NAE_ERA_R-2324_Eesti_Vabariigi_Pohiseaduslik_Assamblee, lk 33
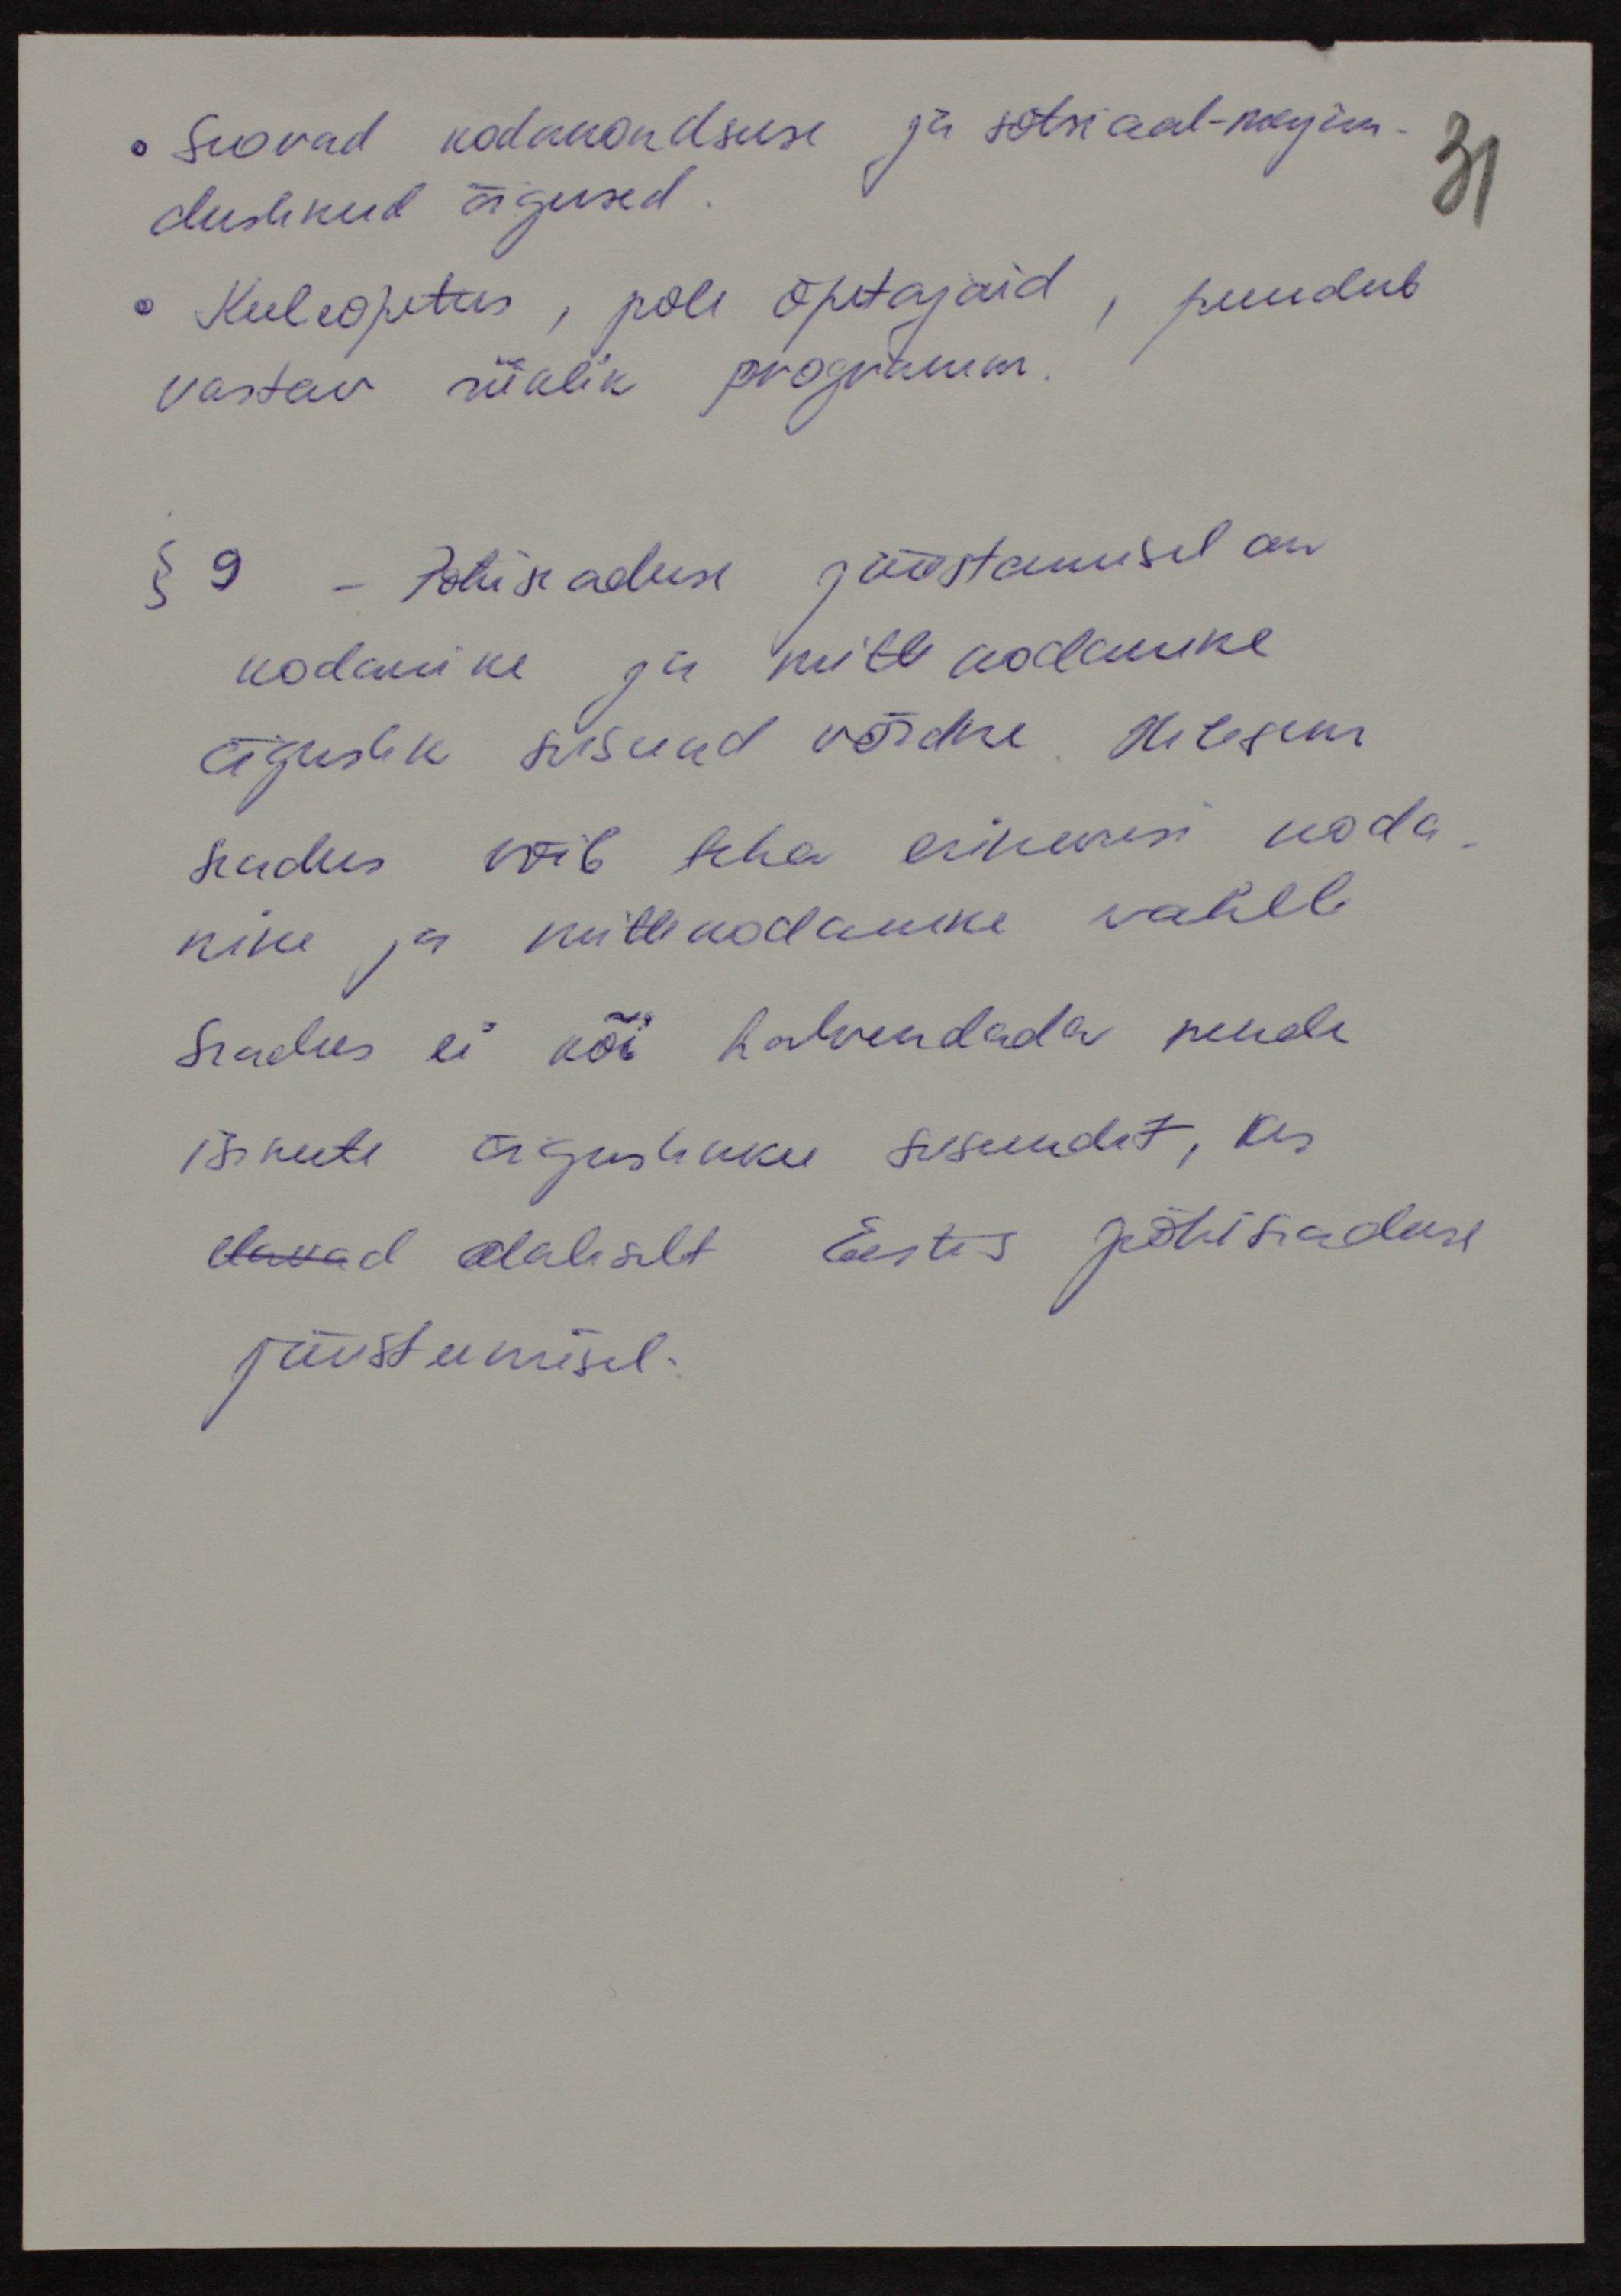
seovad kodakondsuse ja sotsiaal-majan-
duslikud õigused
Keeleõpetus, pole õpetajaid, puudub
vastav riiklik programm.
§ 9 - Põhiseaduse jõustamisel on
kodanike ja mitte kodanike
õiguslik seisund võrdne. Hilisem
seadus võib teha erinevusi koda-
nike ja mittekodanike vahele
Seadus ei või halvendada nende
isikute õiguslikku seisundit, kes
elavad alaliselt Eestis põhiseaduse
jõustumisel.